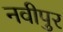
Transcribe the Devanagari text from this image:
नवीपुर